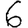
Digit: 6